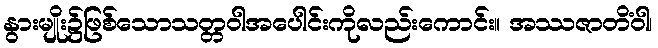
နွားမျိုး၌ဖြစ်သောသတ္တဝါအပေါင်းကိုလည်းကောင်း။ အဿဇာတိံဝါ၊